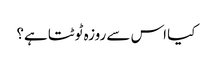
کیا اس سے روزہ ٹوٹتا ہے؟